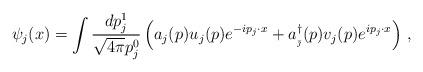
LaTeX: \begin{align*}\psi _{j}(x)=\int \frac{dp_{j}^{1}}{\sqrt{4\pi }p_{j}^{0}}\left(a_{j}(p)u_{j}(p)e^{-ip_{j}\cdot x}+a_{_{\bar{\jmath}}}^{\dagger}(p)v_{j}(p)e^{ip_{j}\cdot x}\right) \,,\qquad \end{align*}